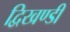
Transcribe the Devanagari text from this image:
द्विखण्डी